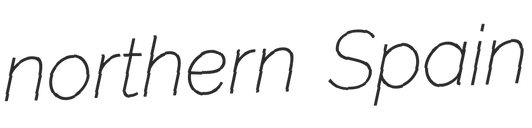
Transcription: northern Spain